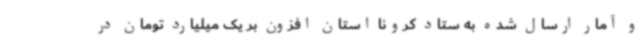
و آمار ارسال شده به ستاد کرونا استان افزون بر یک میلیارد تومان در